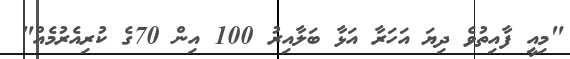
"މިއީ ފާއިތުވެ ދިޔަ އަހަރާ އަޅާ ބަލާއިރު 100 އިން 70ގެ ކުރިއެރުމެއް"